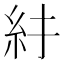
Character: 𥾒